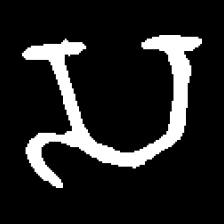
Pyu character \u2014 Myanmar letter: သ (romanized: sa)